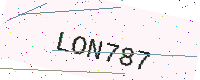
Text: LON787